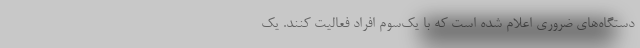
دستگاه‌های ضروری اعلام شده است که با یک‌سوم افراد فعالیت کنند. یک